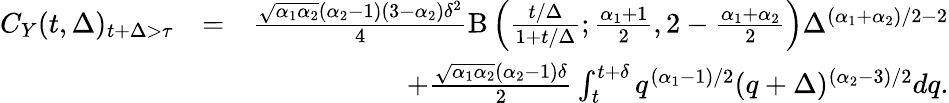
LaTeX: \begin{array}{rlr}{C_{Y}(t,\Delta)_{t+\Delta>\tau}}&{=}&{\frac{\sqrt{\alpha_{1}\alpha_{2}}(\alpha_{2}-1)(3-\alpha_{2})\delta^{2}}{4}\mathrm{B}\left(\frac{t/\Delta}{1+t/\Delta};\frac{\alpha_{1}+1}{2},2-\frac{\alpha_{1}+\alpha_{2}}{2}\right)\Delta^{(\alpha_{1}+\alpha_{2})/2-2}}\\ &{}&{+\frac{\sqrt{\alpha_{1}\alpha_{2}}(\alpha_{2}-1)\delta}{2}\int_{t}^{t+\delta}q^{(\alpha_{1}-1)/2}(q+\Delta)^{(\alpha_{2}-3)/2}dq.}\end{array}